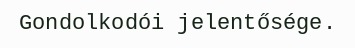
Gondolkodói jelentősége.